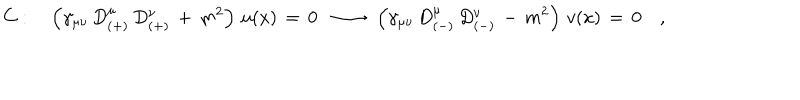
LaTeX: C : \quad \left( \gamma _ { \mu \nu } \, D _ { ( + ) } ^ { \mu } \, D _ { ( + ) } ^ { \nu } \, + \, m ^ { 2 } \right) \, u ( x ) \, = \, 0 \, \, \, \longrightarrow \, \, \, \left( \gamma _ { \mu \nu } \, D _ { ( - ) } ^ { \mu } \, D _ { ( - ) } ^ { \nu } \, - \, m ^ { 2 } \right) \, v ( x ) \, = \, 0 \quad ,